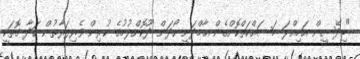
"ބިދޭސީން އަމިއްލަ މަސައްކަތްކޮށްގެން އާމްދަނީ ހޯދަން ދޫކޮށްލުމުގެ ކުރިން ވެރިފަރާތުން ހަދާ ގޮތަކީ